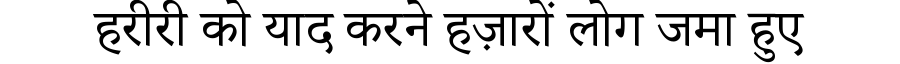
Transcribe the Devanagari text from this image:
हरीरी को याद करने हज़ारों लोग जमा हुए